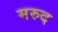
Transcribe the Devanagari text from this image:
मरुद